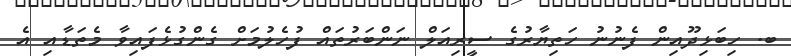
ބ. ހިބަޅިދޫއިން ފެނުނު ހަތިޔާރުގެ ސީރިއަލް ނަންބަރުތައް ފުހެލުމަށް ގެންގުޅެފައިވާ މެތަޑާއި އެ